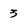
Character: 3